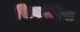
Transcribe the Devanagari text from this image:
सिकोरिस